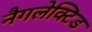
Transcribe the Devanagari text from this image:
नैगलेक्टिड